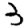
Digit: 3